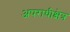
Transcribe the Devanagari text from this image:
अपराधीक्षेत्र